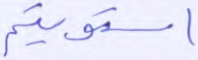
استويتم